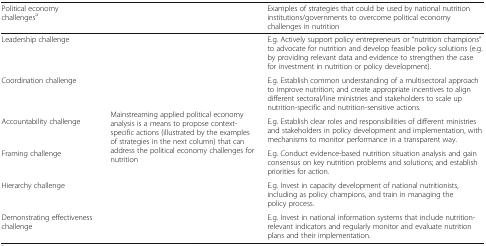
<table><thead><tr><td><b>Political economy challenges<sup>a</sup></b></td><td></td><td><b>Examples of strategies that could be used by national nutrition institutions/governments to overcome political economy challenges in nutrition</b></td></tr></thead><tbody><tr><td>Leadership challenge</td><td rowspan="6">Mainstreaming applied political economy analysis is a means to propose context-specific actions (illustrated by the examples of strategies in the next column) that can address the political economy challenges for nutrition</td><td>E.g. Actively support policy entrepreneurs or “nutrition champions” to advocate for nutrition and develop feasible policy solutions (e.g. by providing relevant data and evidence to strengthen the case for investment in nutrition or policy development).</td></tr><tr><td>Coordination challenge</td><td>E.g. Establish common understanding of a multisectoral approach to improve nutrition; and create appropriate incentives to align different sectoral/line ministries and stakeholders to scale up nutrition-specific and nutrition-sensitive actions.</td></tr><tr><td>Accountability challenge</td><td>E.g. Establish clear roles and responsibilities of different ministries and stakeholders in policy development and implementation, with mechanisms to monitor performance in a transparent way.</td></tr><tr><td>Framing challenge</td><td>E.g. Conduct evidence-based nutrition situation analysis and gain consensus on key nutrition problems and solutions; and establish priorities for action.</td></tr><tr><td>Hierarchy challenge</td><td>E.g. Invest in capacity development of national nutritionists, including as policy champions, and train in managing the policy process.</td></tr><tr><td>Demonstrating effectiveness challenge</td><td>E.g. Invest in national information systems that include nutrition-relevant indicators and regularly monitor and evaluate nutrition plans and their implementation.</td></tr></tbody></table>